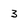
Character: 3